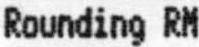
ROUNDING RM